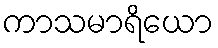
ကာသမာရိယော